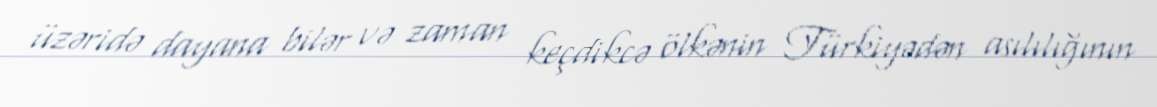
üzəridə dayana bilər və zaman keçdikcə ölkənin Türkiyədən asılılığının